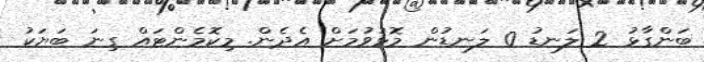
ބަންގާޅު 2 ލަނޑު 0 ލަނޑުން މޮޅުވުމަށް އެދެން. މިކޮމެންޓައް ގިނަ ބަޔަކު